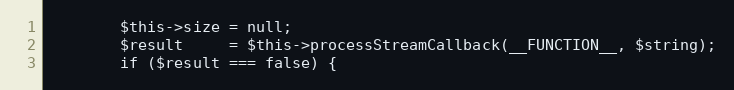
Language: PHP
        $this->size = null;
        $result     = $this->processStreamCallback(__FUNCTION__, $string);
        if ($result === false) {